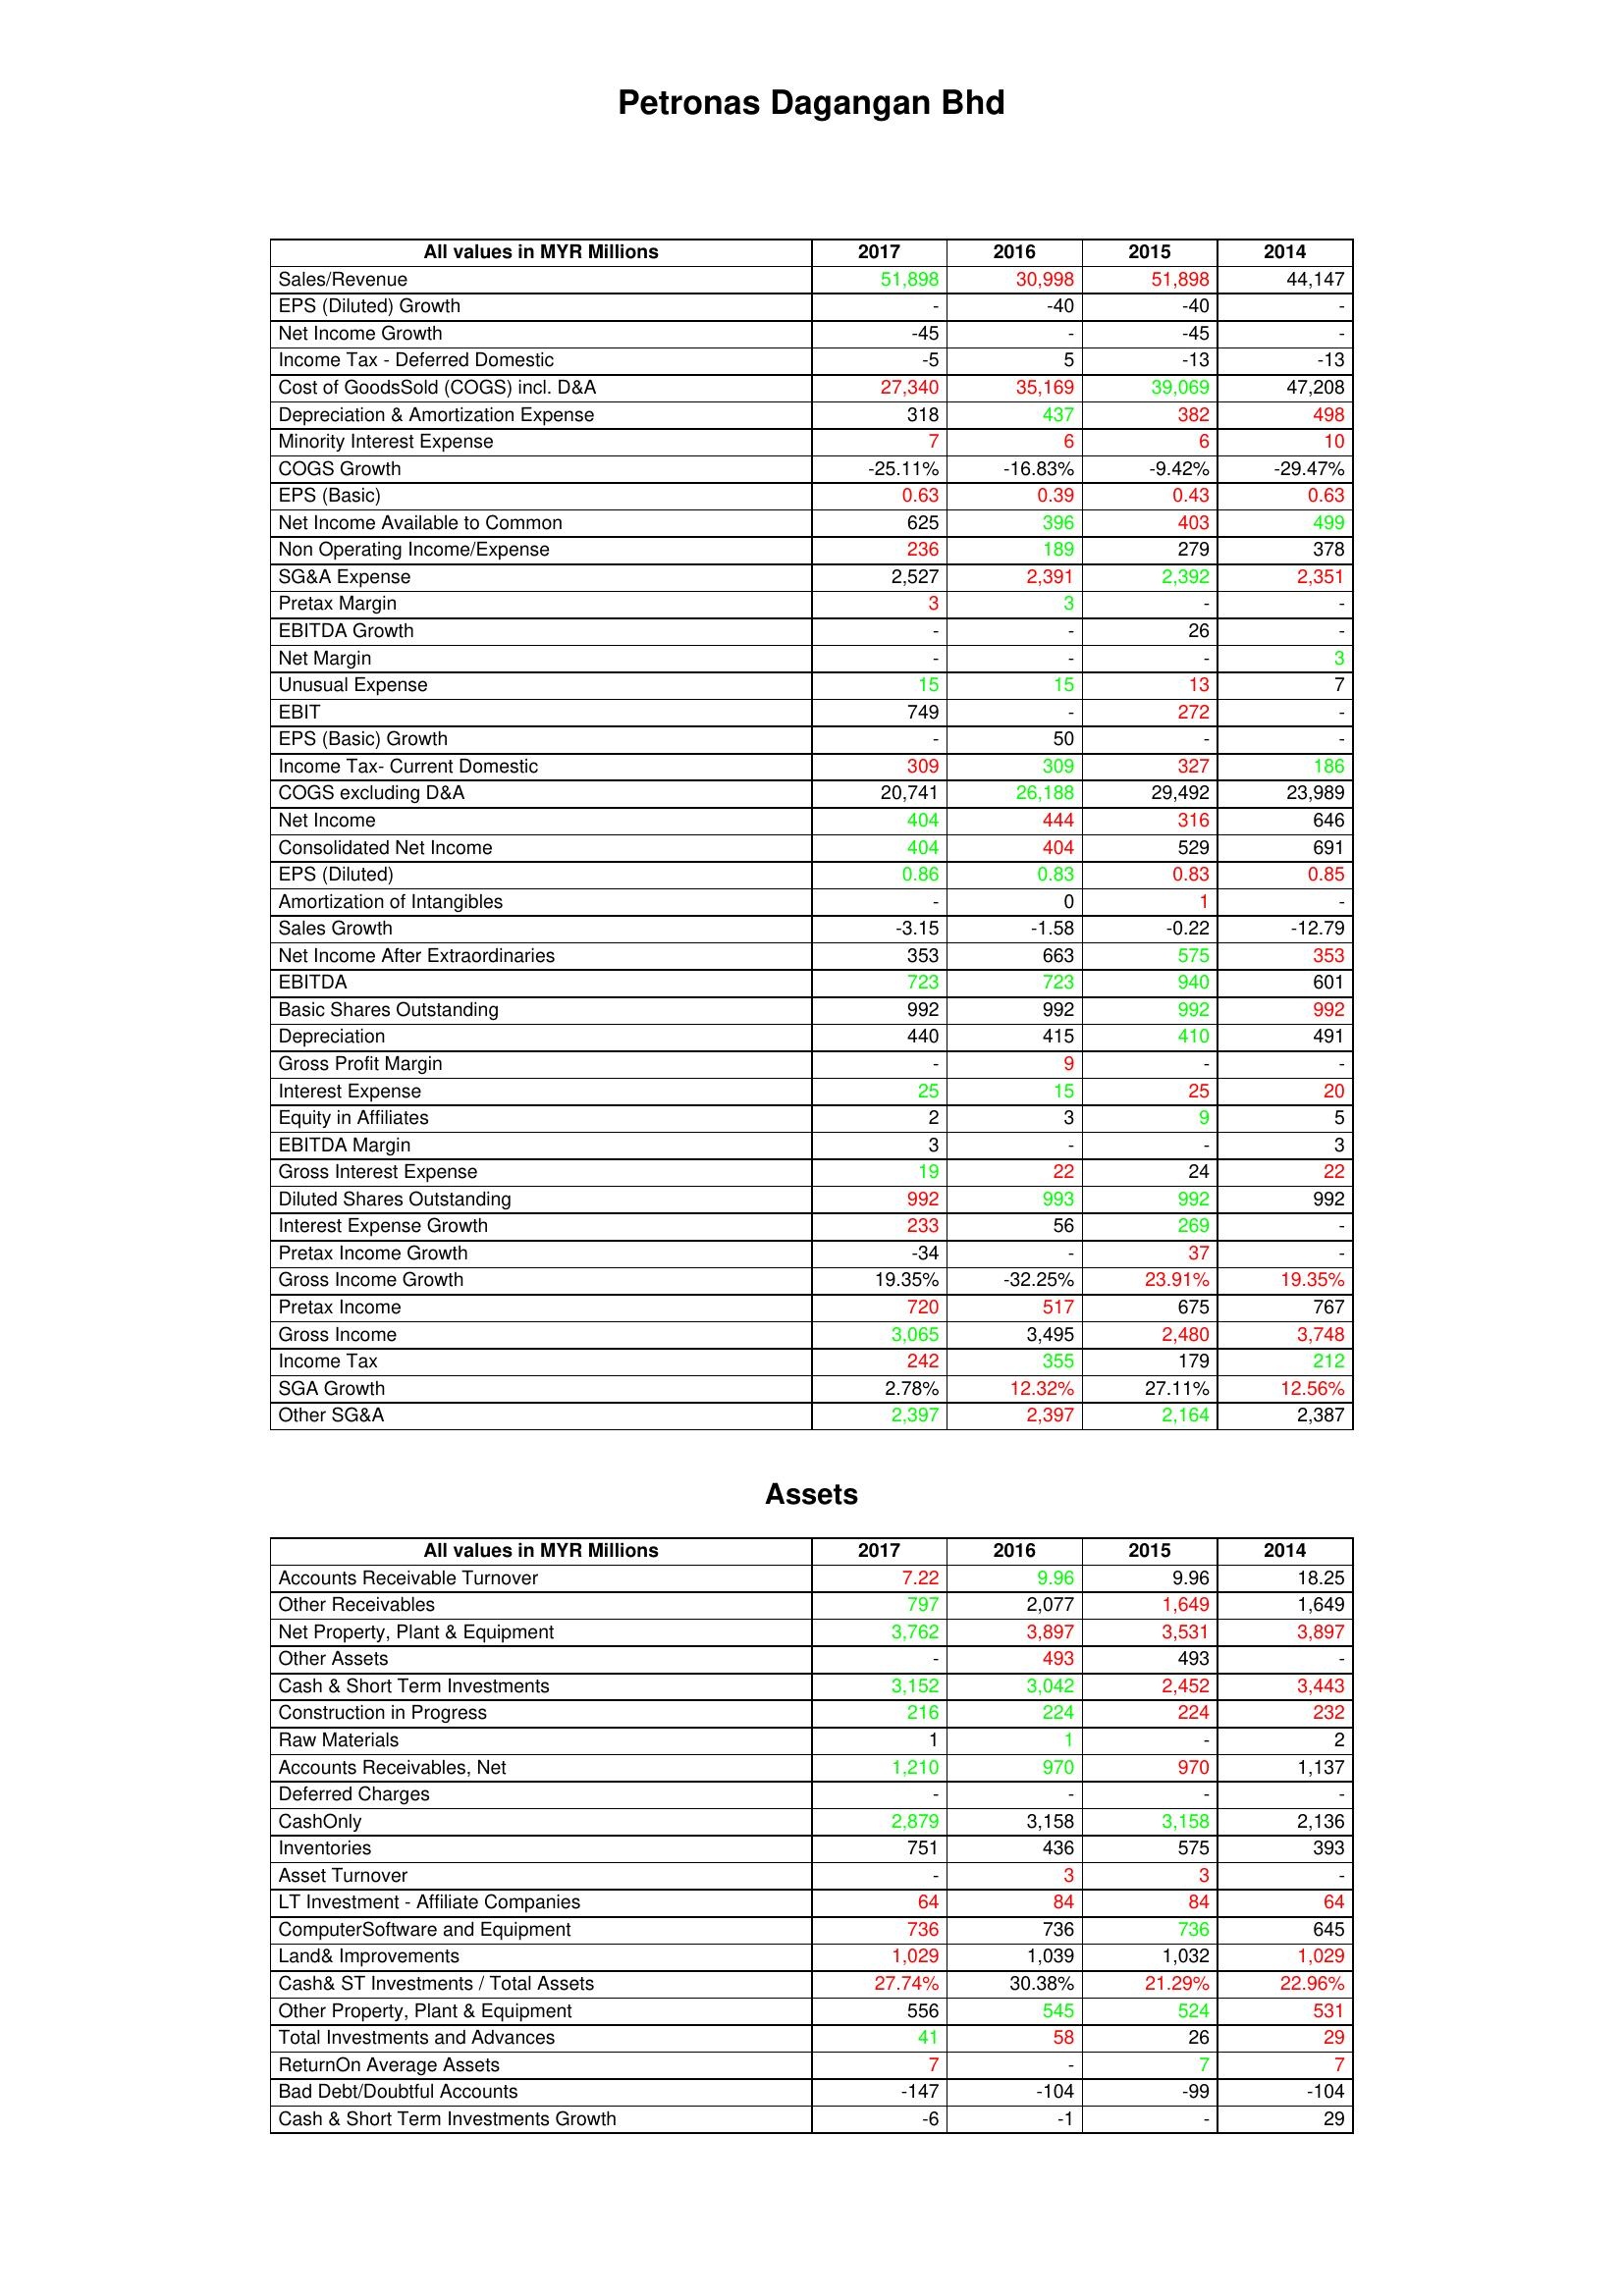
gt_parse: 2017: : Sales/Revenue: 51,898
EPS (Diluted) Growth: -
Net Income Growth: -45
Income Tax - Deferred Domestic: -5
Cost of GoodsSold (COGS) incl. D&A: 27,340
Depreciation & Amortization Expense: 318
Minority Interest Expense: 7
COGS Growth: -25.11%
EPS (Basic): 0.63
Net Income Available to Common: 625
Non Operating Income/Expense: 236
SG&A Expense: 2,527
Pretax Margin: 3
EBITDA Growth: -
Net Margin: -
Unusual Expense: 15
EBIT: 749
EPS (Basic) Growth: -
Income Tax- Current Domestic: 309
COGS excluding D&A: 20,741
Net Income: 404
Consolidated Net Income: 404
EPS (Diluted): 0.86
Amortization of Intangibles: -
Sales Growth: -3.15
Net Income After Extraordinaries: 353
EBITDA: 723
Basic Shares Outstanding: 992
Depreciation: 440
Gross Profit Margin: -
Interest Expense: 25
Equity in Affiliates: 2
EBITDA Margin: 3
Gross Interest Expense: 19
Diluted Shares Outstanding: 992
Interest Expense Growth: 233
Pretax Income Growth: -34
Gross Income Growth: 19.35%
Pretax Income: 720
Gross Income: 3,065
Income Tax: 242
SGA Growth: 2.78%
Other SG&A: 2,397
Assets: Accounts Receivable Turnover: 7.22
Other Receivables: 797
Net Property, Plant & Equipment: 3,762
Other Assets: -
Cash & Short Term Investments: 3,152
Construction in Progress: 216
Raw Materials: 1
Accounts Receivables, Net: 1,210
Deferred Charges: -
CashOnly: 2,879
Inventories: 751
Asset Turnover: -
LT Investment - Affiliate Companies: 64
ComputerSoftware and Equipment: 736
Land& Improvements: 1,029
Cash& ST Investments / Total Assets: 27.74%
Other Property, Plant & Equipment: 556
Total Investments and Advances: 41
ReturnOn Average Assets: 7
Bad Debt/Doubtful Accounts: -147
Cash & Short Term Investments Growth: -6
2016: : Sales/Revenue: 30,998
EPS (Diluted) Growth: -40
Net Income Growth: -
Income Tax - Deferred Domestic: 5
Cost of GoodsSold (COGS) incl. D&A: 35,169
Depreciation & Amortization Expense: 437
Minority Interest Expense: 6
COGS Growth: -16.83%
EPS (Basic): 0.39
Net Income Available to Common: 396
Non Operating Income/Expense: 189
SG&A Expense: 2,391
Pretax Margin: 3
EBITDA Growth: -
Net Margin: -
Unusual Expense: 15
EBIT: -
EPS (Basic) Growth: 50
Income Tax- Current Domestic: 309
COGS excluding D&A: 26,188
Net Income: 444
Consolidated Net Income: 404
EPS (Diluted): 0.83
Amortization of Intangibles: 0
Sales Growth: -1.58
Net Income After Extraordinaries: 663
EBITDA: 723
Basic Shares Outstanding: 992
Depreciation: 415
Gross Profit Margin: 9
Interest Expense: 15
Equity in Affiliates: 3
EBITDA Margin: -
Gross Interest Expense: 22
Diluted Shares Outstanding: 993
Interest Expense Growth: 56
Pretax Income Growth: -
Gross Income Growth: -32.25%
Pretax Income: 517
Gross Income: 3,495
Income Tax: 355
SGA Growth: 12.32%
Other SG&A: 2,397
Assets: Accounts Receivable Turnover: 9.96
Other Receivables: 2,077
Net Property, Plant & Equipment: 3,897
Other Assets: 493
Cash & Short Term Investments: 3,042
Construction in Progress: 224
Raw Materials: 1
Accounts Receivables, Net: 970
Deferred Charges: -
CashOnly: 3,158
Inventories: 436
Asset Turnover: 3
LT Investment - Affiliate Companies: 84
ComputerSoftware and Equipment: 736
Land& Improvements: 1,039
Cash& ST Investments / Total Assets: 30.38%
Other Property, Plant & Equipment: 545
Total Investments and Advances: 58
ReturnOn Average Assets: -
Bad Debt/Doubtful Accounts: -104
Cash & Short Term Investments Growth: -1
2015: : Sales/Revenue: 51,898
EPS (Diluted) Growth: -40
Net Income Growth: -45
Income Tax - Deferred Domestic: -13
Cost of GoodsSold (COGS) incl. D&A: 39,069
Depreciation & Amortization Expense: 382
Minority Interest Expense: 6
COGS Growth: -9.42%
EPS (Basic): 0.43
Net Income Available to Common: 403
Non Operating Income/Expense: 279
SG&A Expense: 2,392
Pretax Margin: -
EBITDA Growth: 26
Net Margin: -
Unusual Expense: 13
EBIT: 272
EPS (Basic) Growth: -
Income Tax- Current Domestic: 327
COGS excluding D&A: 29,492
Net Income: 316
Consolidated Net Income: 529
EPS (Diluted): 0.83
Amortization of Intangibles: 1
Sales Growth: -0.22
Net Income After Extraordinaries: 575
EBITDA: 940
Basic Shares Outstanding: 992
Depreciation: 410
Gross Profit Margin: -
Interest Expense: 25
Equity in Affiliates: 9
EBITDA Margin: -
Gross Interest Expense: 24
Diluted Shares Outstanding: 992
Interest Expense Growth: 269
Pretax Income Growth: 37
Gross Income Growth: 23.91%
Pretax Income: 675
Gross Income: 2,480
Income Tax: 179
SGA Growth: 27.11%
Other SG&A: 2,164
Assets: Accounts Receivable Turnover: 9.96
Other Receivables: 1,649
Net Property, Plant & Equipment: 3,531
Other Assets: 493
Cash & Short Term Investments: 2,452
Construction in Progress: 224
Raw Materials: -
Accounts Receivables, Net: 970
Deferred Charges: -
CashOnly: 3,158
Inventories: 575
Asset Turnover: 3
LT Investment - Affiliate Companies: 84
ComputerSoftware and Equipment: 736
Land& Improvements: 1,032
Cash& ST Investments / Total Assets: 21.29%
Other Property, Plant & Equipment: 524
Total Investments and Advances: 26
ReturnOn Average Assets: 7
Bad Debt/Doubtful Accounts: -99
Cash & Short Term Investments Growth: -
2014: : Sales/Revenue: 44,147
EPS (Diluted) Growth: -
Net Income Growth: -
Income Tax - Deferred Domestic: -13
Cost of GoodsSold (COGS) incl. D&A: 47,208
Depreciation & Amortization Expense: 498
Minority Interest Expense: 10
COGS Growth: -29.47%
EPS (Basic): 0.63
Net Income Available to Common: 499
Non Operating Income/Expense: 378
SG&A Expense: 2,351
Pretax Margin: -
EBITDA Growth: -
Net Margin: 3
Unusual Expense: 7
EBIT: -
EPS (Basic) Growth: -
Income Tax- Current Domestic: 186
COGS excluding D&A: 23,989
Net Income: 646
Consolidated Net Income: 691
EPS (Diluted): 0.85
Amortization of Intangibles: -
Sales Growth: -12.79
Net Income After Extraordinaries: 353
EBITDA: 601
Basic Shares Outstanding: 992
Depreciation: 491
Gross Profit Margin: -
Interest Expense: 20
Equity in Affiliates: 5
EBITDA Margin: 3
Gross Interest Expense: 22
Diluted Shares Outstanding: 992
Interest Expense Growth: -
Pretax Income Growth: -
Gross Income Growth: 19.35%
Pretax Income: 767
Gross Income: 3,748
Income Tax: 212
SGA Growth: 12.56%
Other SG&A: 2,387
Assets: Accounts Receivable Turnover: 18.25
Other Receivables: 1,649
Net Property, Plant & Equipment: 3,897
Other Assets: -
Cash & Short Term Investments: 3,443
Construction in Progress: 232
Raw Materials: 2
Accounts Receivables, Net: 1,137
Deferred Charges: -
CashOnly: 2,136
Inventories: 393
Asset Turnover: -
LT Investment - Affiliate Companies: 64
ComputerSoftware and Equipment: 645
Land& Improvements: 1,029
Cash& ST Investments / Total Assets: 22.96%
Other Property, Plant & Equipment: 531
Total Investments and Advances: 29
ReturnOn Average Assets: 7
Bad Debt/Doubtful Accounts: -104
Cash & Short Term Investments Growth: 29